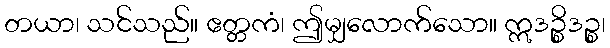
တယာ၊ သင်သည်။ ဧတ္တကံ၊ ဤမျှလောက်သော။ ဣဒဉ္စိဒဉ္စ၊